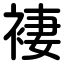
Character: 褄